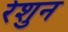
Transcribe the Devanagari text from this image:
रेशुन